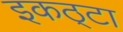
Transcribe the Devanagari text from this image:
इकठ्‌टा